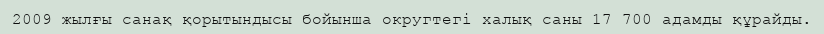
2009 жылғы санақ қорытындысы бойынша округтегі халық саны 17 700 адамды құрайды.